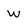
Character: W